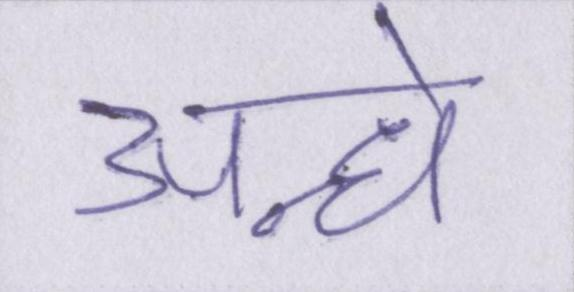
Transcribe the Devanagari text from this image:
अन्धे